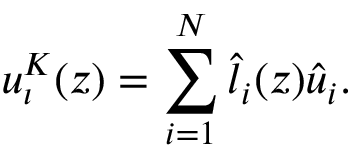
u _ { \iota } ^ { K } ( \boldsymbol { z } ) = \sum _ { i = 1 } ^ { N } \hat { l } _ { i } ( \boldsymbol { z } ) \hat { u } _ { i } .